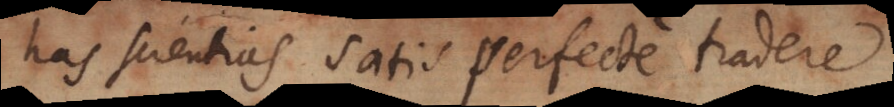
has scientias satis perfecte tradere